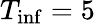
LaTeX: T_{\mathrm{inf}}=5